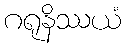
ဂရုနိဿယံ